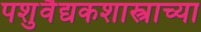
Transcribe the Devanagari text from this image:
पशुवैद्यकशास्त्राच्या